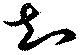
知